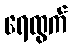
ရေထွက်